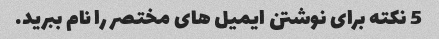
5 نکته برای نوشتن ایمیل های مختصر را نام ببرید.